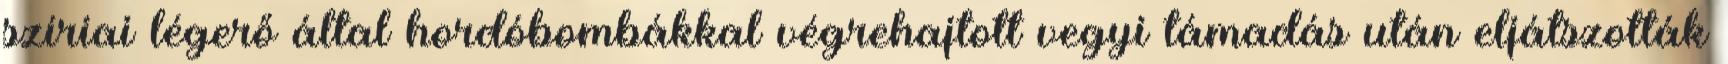
szíriai légerő által hordóbombákkal végrehajtott vegyi támadás után eljátszották